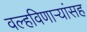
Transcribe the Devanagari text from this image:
वल्हविणाऱ्यांसह